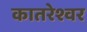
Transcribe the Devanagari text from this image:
कातरेश्वर